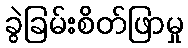
ခွဲခြမ်းစိတ်ဖြာမှု